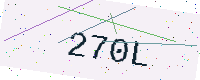
Text: 270L